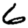
Digit: 6